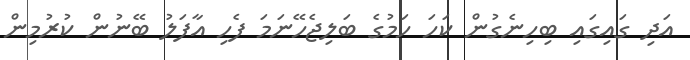
އަދި ގައިގައި ބިހިނެގުން ކަހަ ހަމުގެ ބަލިޖެހޭނަމަ ފެހި އާފަލު ބޭނުން ކުރުމިން